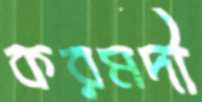
করমদী